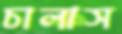
চালাস